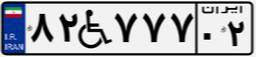
۸۲W۷۷۷۰۲